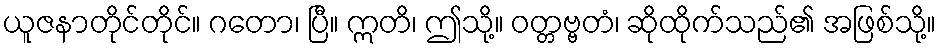
ယူဇနာတိုင်တိုင်။ ဂတော၊ ပြီ။ ဣတိ၊ ဤသို့။ ဝတ္တဗ္ဗတံ၊ ဆိုထိုက်သည်၏ အဖြစ်သို့။